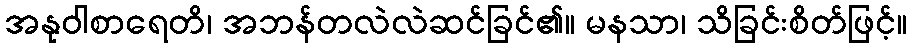
အနုဝါစာရေတိ၊ အဘန်တလဲလဲဆင်ခြင်၏။ မနသာ၊ သိခြင်းစိတ်ဖြင့်။